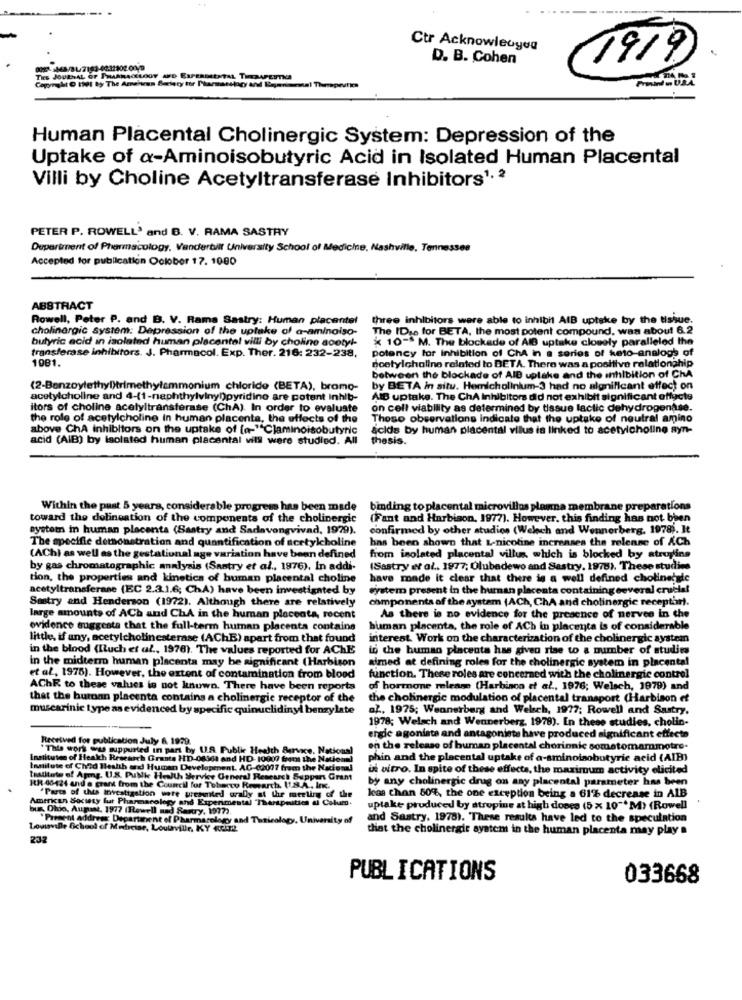
Ctr Acknowledgea
D. B. Cohen
1919
THE JOURNAL OF PHAARACELOGY AFD ESPERDENTAL THERAPEUTICS
Human Placental Cholinergic System: Depression of the
Uptake of a-Aminoisobutyric Acid in Isolated Human Placental
Villi by Choline Acetyltransferase Inhibitors1,2
PETER P. ROWELL' and B. V. RAMA SASTRY
Department of Pharmacology, Vanderbilt University School of Medicine, Nashville, Tennessee
Accepted for publication October 17. 1080
ABSTRACT
Rowell, Peter P. and B. V. Rama Sastry: Human placentel
three inhibitors were able to inhibit AIB uptske by the tissue
cholinergic system: Depression of the uptake of a-aminoiso-
The IDse for BETA, the most potent compound, was about 6.2
butyric acid in isolated human placental villi by choline acetyl-
x 10-> M. The blockade of AID uptake closely paralleled the
transferase inhibitors. J. Pharmacol. Exp. Ther. 216: 232-238,
potency for Inhibition of ChA in a series of keto-analogs of
1981.
acetylcholine related to BETA. There was a positive relationship
between the blockade of AID uptake and the inhibition of ChA
(2-Benzoylethyl)trimethylammonium chloride (BETA), bramo-
by BETA in situ. Hemicholinlum-3 had no algnificant effect on
acetylcholine and 4-(1-nephthylvinyn)pyridine are potent Inhib-
AIB uptake. The ChA inhibitors did not exhibit significant offycis
itors of choline acetyltransferase (ChA). In order to evaluate
on cell viability as determined by tissue lactic dehydrogenase.
the role of acetylcholine in human placenta, the effects of the
Those observations indicate that the uptake of neutral amino
above ChA inhibitors on the uptake of [a-""Claminoisobutyric
acids by human placental villus is linked to acetylcholine syn-
acid (AIB) by Isolated human placental vill were studied. All
thesis.
Within the past 5 years, considerable progrem has been made
binding to placental microvillos planna membrane preparations
toward the delineation of the components of the cholinergic
(Fant and Harbison, 1977). However, this finding has not been
system in human placenta (Sastry and Sadavongvivad, 1979).
confirmed by other studies (Welch and Wennerberg, 1978). It
The specific demonstration and quantification of acetylcholine
has been shown that L-nicotine increases the release of ACh
(AChi as well as the gestational age variation have been defined
from isolated placental villus, which is blocked by atropine
by gas chromatographic analysis (Santry et al ., 1976). In addi-
(Sastry et al ., 1977; Olubadewo and Sastry, 1978). These studies
tion, the properties and kinetics of human placental choline
have made it clear that there is a well defined cholinegate
acetyltransferase (EC 2.3.1.6; ChA) have been investigated by
system present in the hurman placenta containing several crucial
Smtry and Henderson (1972). Although there are relatively
components of the system (ACh, ChA and cholinergic receptor).
large amounts of ACh and ChA in the human placenta, recent
As there is no evidence for the presence of nerves in the
evidence suggests that the full-term human placenta contains
human placenta, the role of ACh in placenta is of considerable
little, if any, acetylcholinesterase (AChB) apart from that found
interest. Work on the characterization of the cholinergic systemn
in the blood (luch et al ., 1978). The values reported for AChE
in the human placenta has given rise to a number of studies
in the midterm human placenta may be significant (Harbison
aimed at defining roles for the cholinergic system in placenta!
et al, 1978). However, the extent of contamination from blood
function. These roles are concerned with the cholinergic control
AChR to these values is not known. There have been reports
of hormone release (Harbison et al ., 1976; Welsch, 1979) and
that the huroan placenta contains a cholinergic receptor of the
the cholinergic modulation of placental transport (Harbison et
muscarinic type as evidenced by specific quinuclidinyl benzylate
al ., 1975; Wennerberg and Welsch, 1977; Rowell and Sastry.
1978; Welsch and Wennerberg, 1978). En these studies, cholin-
Received for publication July 6. 1979.
ergie agoniata and antagoniste have produced significant effecto
"This work ww suppurted in part by 1.R. Public Health Service, Nations)
on the release of human placental chorionic sometomammotre-
Institutes of Health Research Grants HD-06361 and HD- 10000 from the National
phin and the placental uptake of a-aminoisobutyric acid (AIB)
Institute of Child Health and Human Development. AG (2007 from the Nacional
ul vitro. In spite of these effects, the maximum activity elicited
thatitute of Apmg. U.S. Public Health Service General Research Support Grant
by any cholinergic drug on any placental parameter has been
RR 45424 and e grant from the Council for Tobacco Rowarch. 11.8.A ., Inc.
American Society fut Pharmacology and Experimental "Therspuitich & Colum.
"Parts of this Investigation were uresmited orally of the meeting of the
kas chon 80%, the one exception being a 61% decrease in ALB
bu, Ohio, August, 1977 (Rewell nad Sarry, 1977).
uptake produced by atropine at high
at high doors (5 x 10"* M) (Rowell
* Present address; Department of Pharmacology and Titieology, University of
and Sastry. 1978). These results have led to the speculation
Louisville School of Medicine, Loutville, KY Kir2.
that the cholinergic ayatem in the human placenta may play a
232
PUBLICATIONS
033668